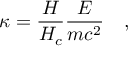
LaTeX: \kappa = \frac { H } { H _ { c } } \frac { E } { m c ^ { 2 } } \quad ,